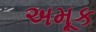
અમૂક